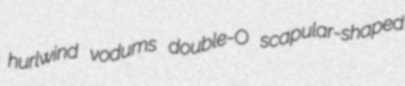
hurlwind vodums double-O scapular-shaped